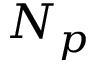
N _ { p }